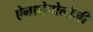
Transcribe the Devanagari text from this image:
ऐनथ्रोपोलॉजी